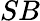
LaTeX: SB